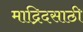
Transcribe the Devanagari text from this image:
माद्रिदसाठी